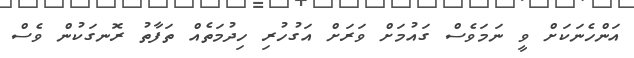
އަންހެނަކަށް ވީ ނަމަވެސް ގައުމަށް ވަރަށް އަގުހުރި ހިދުމަތެއް ތަފާތު ރޮނގަކުން ވެސް